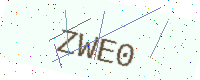
Text: ZWE0